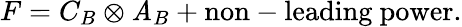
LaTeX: F=C_{B}\otimes\mathit{A}_{B}+\mathrm{{non-leading~power}}.